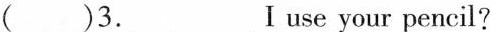
()3.___Ⅰuse your pencil?